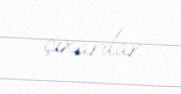
çıxarılar.